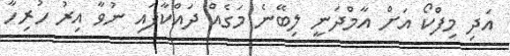
އަދި މިފްކޯ އަށް އާމްދަނީ ލިބޭނެ މަގެއް ދައްކާފައި ނުވާ އިރު ހުރިހާ